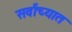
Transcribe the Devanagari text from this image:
सर्वांच्यात